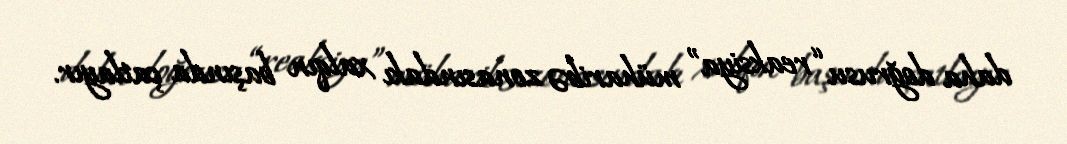
daha doğrusu “reaksiya” müharibə zonasındakı xalqın başında çatlayır.